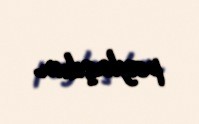
paylaşdım.